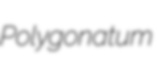
Polygonatum